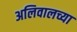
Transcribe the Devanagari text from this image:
अलिवालच्या